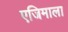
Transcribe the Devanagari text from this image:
एजिमाला